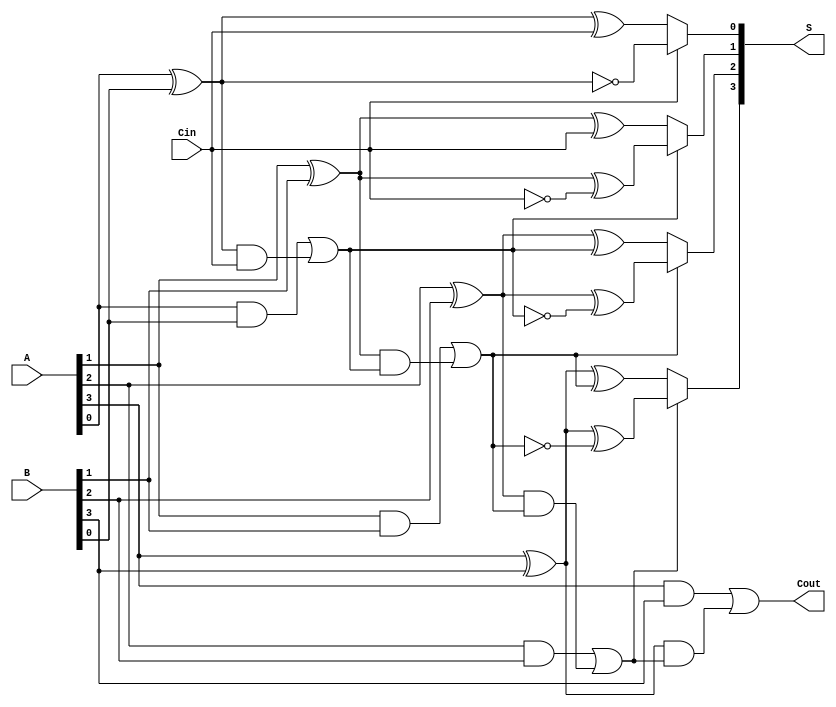
module ConditionalSumAdder #(parameter n = 4) (
    input [n-1:0] A,         // First n-bit input
    input [n-1:0] B,         // Second n-bit input
    input Cin,               // Input carry
    output [n-1:0] S,        // n-bit sum output
    output Cout              // Carry-out bit
);

    wire [n-1:0] S0, S1;     // Sum outputs when carry is 0 and 1
    wire [n-1:0] C_gen;      // Carry generate signals
    wire [n-1:0] C_prop;     // Carry propagate signals
    wire [n:0] C;            // Carry signals for each stage

    // Generate carry signals and calculate S0 and S1 for each bit
    genvar i;
    generate
        for (i = 0; i < n; i = i + 1) begin : CSA
            // Half Adder for LSB
            if (i == 0) begin
                assign S0[i] = A[i] ^ B[i] ^ Cin; // Sum when carry is not propagated
                assign S1[i] = A[i] ^ B[i] ^ 1'b1; // Sum when carry is propagated
            end else begin
                // Full Adder for other bits
                assign S0[i] = A[i] ^ B[i] ^ C[i-1]; // Sum when carry is not propagated
                assign S1[i] = A[i] ^ B[i] ^ (C[i-1] ^ 1'b1); // Sum when carry is propagated
            end
            
            // Carry generate and propagate logic
            assign C_gen[i] = A[i] & B[i]; // Carry is generated
            assign C_prop[i] = A[i] ^ B[i]; // Carry is propagated
        end
    endgenerate

    // Compute the carry signals
    assign C[0] = Cin; // Initial carry input
    generate
        for (i = 0; i < n; i = i + 1) begin : CarryLogic
            if (i == 0) begin
                assign C[i+1] = C_gen[i] | (C_prop[i] & C[i]); // Carry out for this stage
            end else begin
                assign C[i+1] = C_gen[i] | (C_prop[i] & C[i]); // Carry out for this stage
            end
        end
    endgenerate

    // Select S based on carry signals
    generate
        for (i = 0; i < n; i = i + 1) begin : SelectS
            assign S[i] = C[i] ? S1[i] : S0[i]; // Select between S0 and S1
        end
    endgenerate

    // Final carry out
    assign Cout = C[n];

endmodule